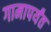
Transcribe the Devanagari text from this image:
गामापर्यंत